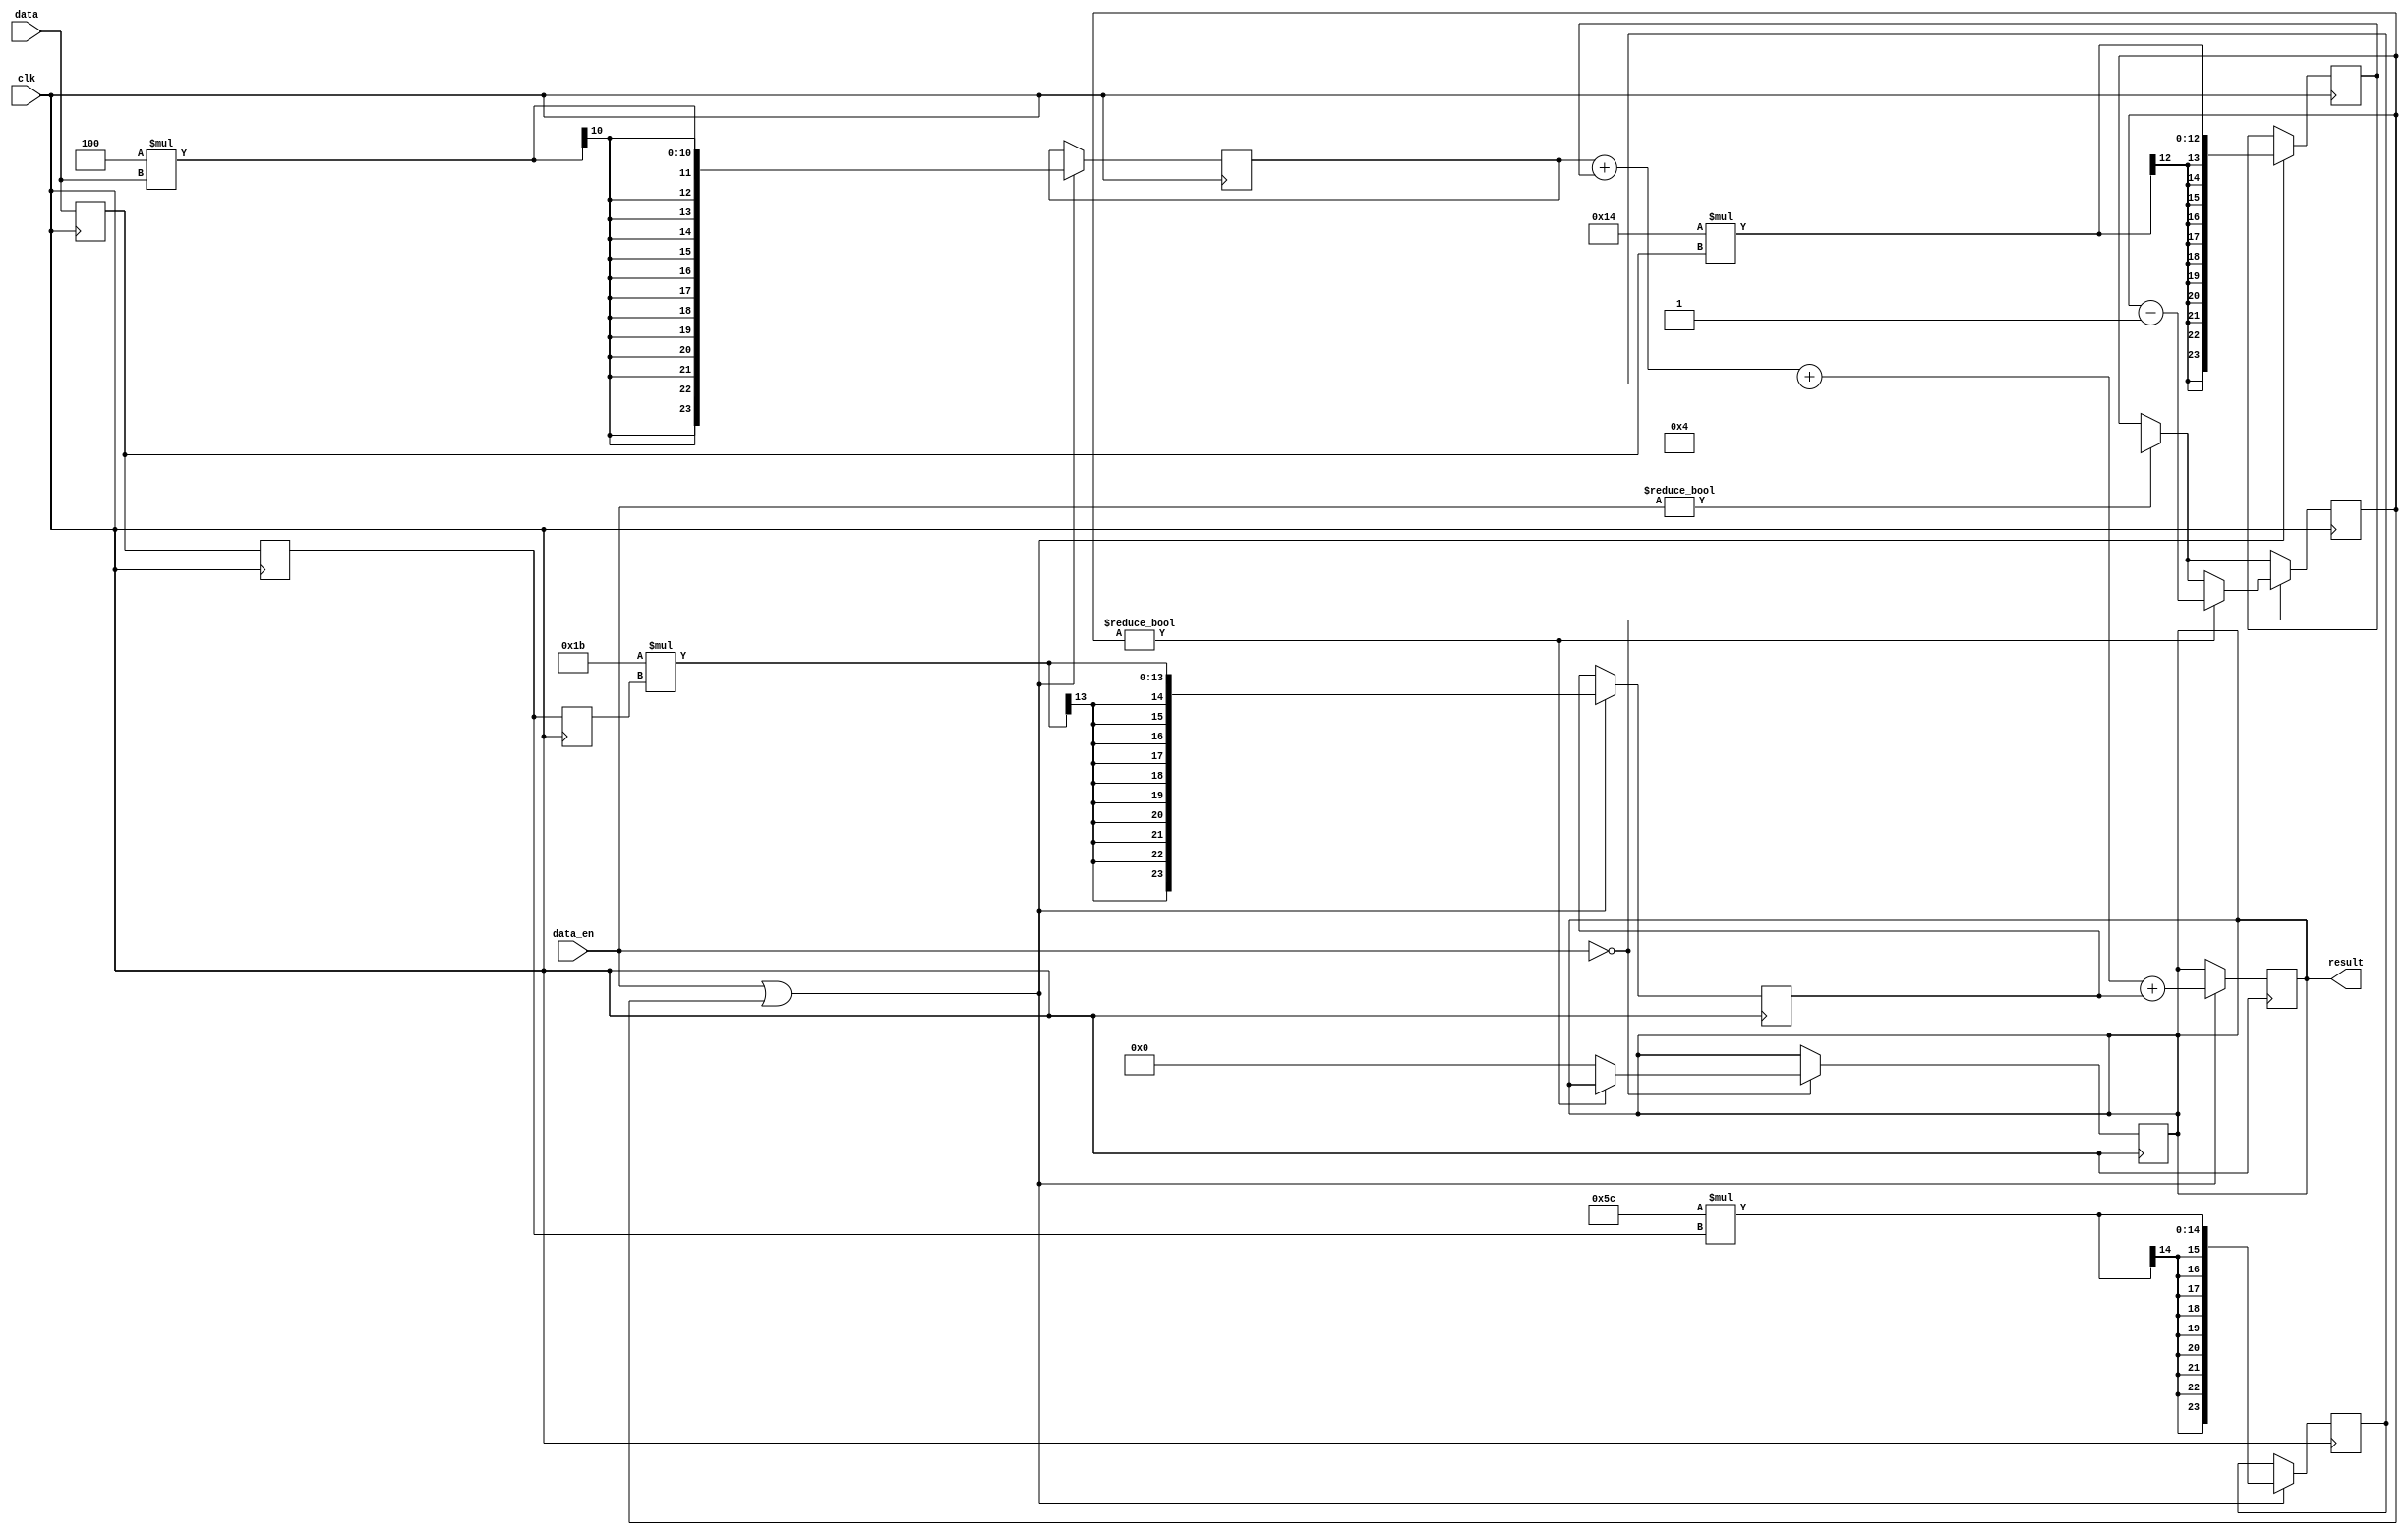

//     y[k+1] = a * y[k]+b * x[k+1]. 
//  x, a, b  8 ,   . 
// a, b  ,     .   .
//      .     .

// y[k+1] = a * y[k] + b * x[k+1]
// y[n] = a * y[n-1] + b * x[n]

// y[n-1] = a * y[n-2] + b * x[n-1]
// y[n] = a * (a * y[n-2] + b * x[n-1]) + b * x[n] 
//      = a^2 * y[n-2] + a * b * x[n-1] + b * x[n]

// y[n-2] = a * y[n-3] + b * x[n-2]
// y[n] = a^2 * (a * y[n-3] + b * x[n-2]) + a * b * x[n-1] + b * x[n]
//      = a^3 * y[n-3] + a^2 * b * x[n-2] + a * b * x[n-1] + b * x[n]

// y[n] = b*x[n] + a*b*x[n-1] + a^2*b*x[n-2] + a^3*y[n-3]

// a = 3        -   8 
// b = -4       -   8 
// a*b = -12    -   16 
// a^2*b = -36  -   24 
// a^3 = 27     -   24 

// y[n] = -4*x[n] + -12*x[n-1] + -36*x[n-2] + 27*y[n-3]

`timescale 1ns/1ns
module filter (
    input clk,
    input signed [7:0] data,
    input signed [1:0] data_en,
    output signed [25:0] result
);

    reg signed [7:0] buffer1 = 0;
    reg signed [7:0] buffer2 = 0;
    reg signed [7:0] buffer3 = 0;
	reg signed [25:0] result_reg = 0;

	reg signed [7:0] a = 3;
    reg signed [7:0] b = -4;
    
	wire signed [15:0] ab = a * b;
	wire signed [23:0] a2b = a * a * b;
	wire signed [23:0] a3 = a * a * a;

    reg signed [23:0] temp_1 = 0;
    reg signed [23:0] temp_2 = 0;
    reg signed [23:0] temp_3 = 0;
    reg signed [23:0] temp_4 = 0;

	reg [2:0] state = 0;
    reg [3:0] flag = 0;
    reg signed [23:0] temp = 0;
    reg signed [23:0] y_reg = 0;

always @(posedge clk) begin
    buffer1 <= buffer2;
    buffer2 <= buffer3;
    buffer3 <= data;  
end

always @(posedge clk) begin
    if (data_en || flag) begin
        temp_1 <= b * data;
        temp_2 <= ab * buffer3;
        temp_3 <= a2b * buffer2;
        temp_4 <= a3 * buffer1;
        result_reg <= temp_1 + temp_2 + temp_3 + temp_4;
    end
end

always @(posedge clk) begin
    if (data_en) begin
        flag <= 4;
    end

    if (! data_en) begin
        if (flag) begin
            flag <= flag - 1;
        end else begin
            result_reg <= 0;
        end
    end
end

assign result = result_reg;
endmodule